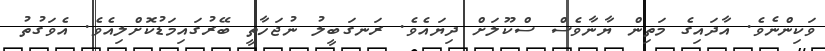
ވަކިންނެވެ. އާދައިގެ މަތިން ޔާނާވެސް ސްކޫލަށް ދިޔައެވެ. ރަނގަބީލު ނުޖަހާތީ ބޭރުގައިމަޑުކޮށްލިއެވެ. އެވަގުތު